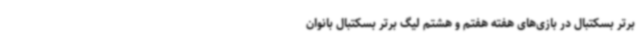
برتر بسکتبال در بازی‌های هفته هفتم و هشتم لیگ برتر بسکتبال بانوان